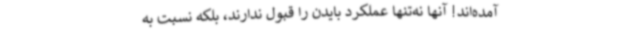
آمده‌اند! آنها نه‌تنها عملکرد بایدن را قبول ندارند، بلکه نسبت به